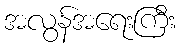
အလွန်အရေးကြီး